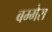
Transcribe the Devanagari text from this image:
बम्मेरा